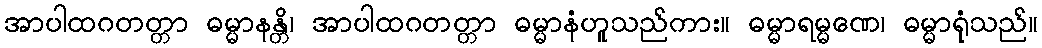
အာပါထဂတတ္တာ ဓမ္မာနန္တိ၊ အာပါထဂတတ္တာ ဓမ္မာနံဟူသည်ကား။ ဓမ္မာရမ္မဏေ၊ ဓမ္မာရုံသည်။